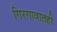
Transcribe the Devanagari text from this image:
गिरगावातही